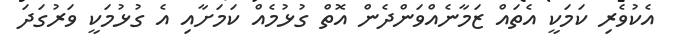
އެކުވެރި ކަމަކީ އެތައް ޒަމާނެއްވަންދެން އޮތް ގުޅުމެއް ކަމަށާއި އެ ގުޅުމަކީ ވަރުގަދަ